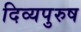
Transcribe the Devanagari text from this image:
दिव्यपुरुष